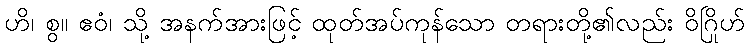
ဟိ၊ စွ။ ဧဝံ၊ သို့ အနက်အားဖြင့် ထုတ်အပ်ကုန်သော တရားတို့၏လည်း ဝိဂြိုဟ်